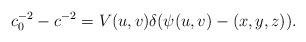
LaTeX: \begin{align*}c_0^{-2} - c^{-2} = V(u, v)\delta(\psi(u, v) - (x, y, z)).\end{align*}